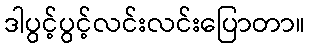
ဒါပွင့်ပွင့်လင်းလင်းပြောတာ။